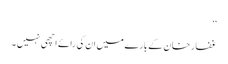
‘‘
غفار خان کے بارے میں ان کی رائے اچھی نہیں ۔